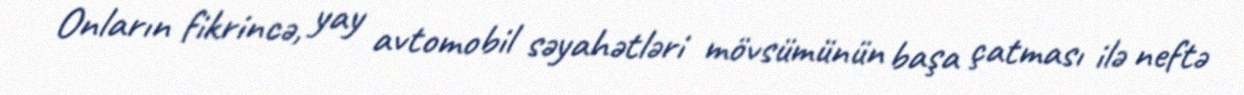
Onların fikrincə, yay avtomobil səyahətləri mövsümünün başa çatması ilə neftə